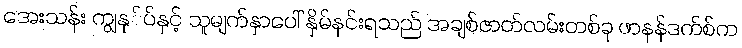
အေးသန်း ကျွနု်ပ်နှင့် သူမျက်နှာပေါ် နှိမ်နင်းရသည် အချစ်ဇာတ်လမ်းတစ်ခု ဖာနန်ဒက်စ်က